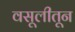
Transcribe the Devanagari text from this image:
वसूलीतून